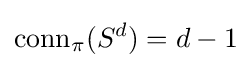
{\text{conn}}_{\pi }(S^{d})=d-1